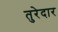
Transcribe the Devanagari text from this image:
तुरेदार